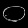
Digit: ၀